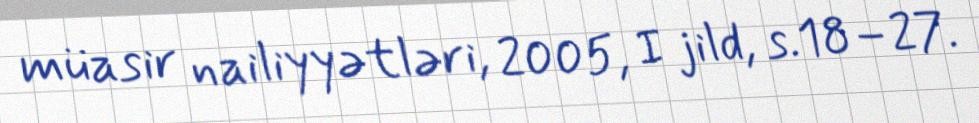
müasir nailiyyətləri, 2005, I jild, s.18–27.